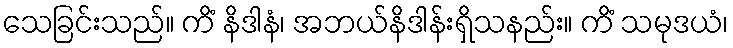
သေခြင်းသည်။ ကိံ နိဒါနံ၊ အဘယ်နိဒါန်းရှိသနည်း။ ကိံ သမုဒယံ၊